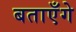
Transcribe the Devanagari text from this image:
बताएँगे